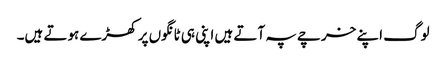
لوگ اپنے خرچے پہ آتے ہیں اپنی ہی ٹانگوں پر کھڑے ہوتے ہیں۔